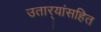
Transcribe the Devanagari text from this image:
उतार्‍यांसहित